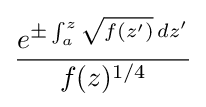
{\frac {e^{\pm \int _{a}^{z}{\sqrt {f(z')}}\,dz'}}{f(z)^{1/4}}}